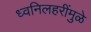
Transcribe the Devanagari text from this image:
ध्वनिलहरींमुळे